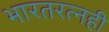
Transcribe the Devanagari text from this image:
भारतरत्नही